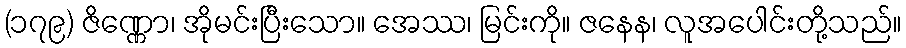
(၁၇၉) ဇိဏ္ဏော၊ အိုမင်းပြီးသော။ အေဿ၊ မြင်းကို။ ဇနေန၊ လူအပေါင်းတို့သည်။